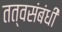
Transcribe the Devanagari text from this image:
तत्वसंबंधी